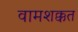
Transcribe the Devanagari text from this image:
वामशक्कत